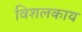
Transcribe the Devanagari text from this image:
विशलकाय